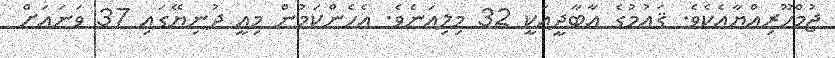
ޖުމްހޫރިއްޔާއެކެވެ. ޤައުމުގެ އާބާދީއަކީ 32 މިލިއަނެވެ. އެހެންކަމުން މިއީ ދުނިޔޭގައި 37 ވަނައަށް